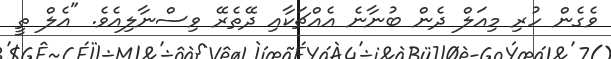
ވެގެން ހުރި މިއަލް ދެން ބުނާނެ އެއްޗަކާއި ދޭތެރޭ ވިސްނާލިއެވެ. "އެލް ތީ